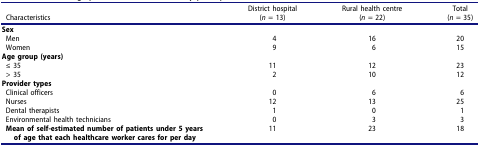
| Characteristics | District hospital(n = 13) | Rural health centre(n = 22) | Total(n = 35) |
 | --- | --- | --- | --- |
 | <COLSPAN=4> Sex |
 | Men | 4 | 16 | 20 |
 | Women | 9 | 6 | 15 |
 | <COLSPAN=4> Age group (years) |
 | ≤ 35 | 11 | 12 | 23 |
 | > 35 | 2 | 10 | 12 |
 | <COLSPAN=4> Provider types |
 | Clinical officers | 0 | 6 | 6 |
 | Nurses | 12 | 13 | 25 |
 | Dental therapists | 1 | 0 | 1 |
 | Environmental health technicians | 0 | 3 | 3 |
 | Mean of self-estimated number of patients under 5 years of age that each healthcare worker cares for per day | 11 | 23 | 18 |